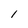
Character: 1